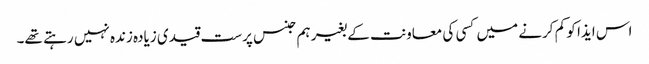
اس ایذا کو کم کرنے میں کسی کی معاونت کے بغیر ہم جنس پرست قیدی زیادہ زندہ نہیں رہتے تھے۔